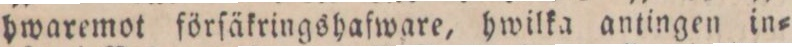
hwaremot förſäkringshafware, hwilka antingen in=